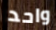
واحد